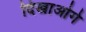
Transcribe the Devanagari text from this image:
दिखाओगे